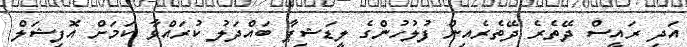
އަދި ރައީސް ދޭތެރެ ދޭތެރެއިން ފުލުހުންގެ ލީޑަޝިޕާ ބައްދަލު ކުރައްވާ ކަމަށް އޮފިޝަލް